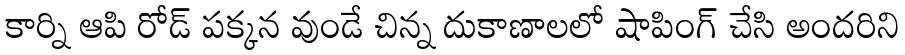
కార్ని ఆపి రోడ్ పక్కన వుండే చిన్న దుకాణాలలో షాపింగ్ చేసి అందరిని